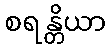
စရန္တိယာ